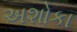
અશોકા